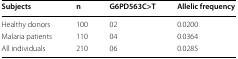
<table><thead><tr><td><b>Subjects</b></td><td><b>n</b></td><td><b>G6PD563C&gt;T</b></td><td><b>Allelic frequency</b></td></tr></thead><tbody><tr><td>Healthy donors</td><td>100</td><td>02</td><td>0.0200</td></tr><tr><td>Malaria patients</td><td>110</td><td>04</td><td>0.0364</td></tr><tr><td>All individuals</td><td>210</td><td>06</td><td>0.0285</td></tr></tbody></table>